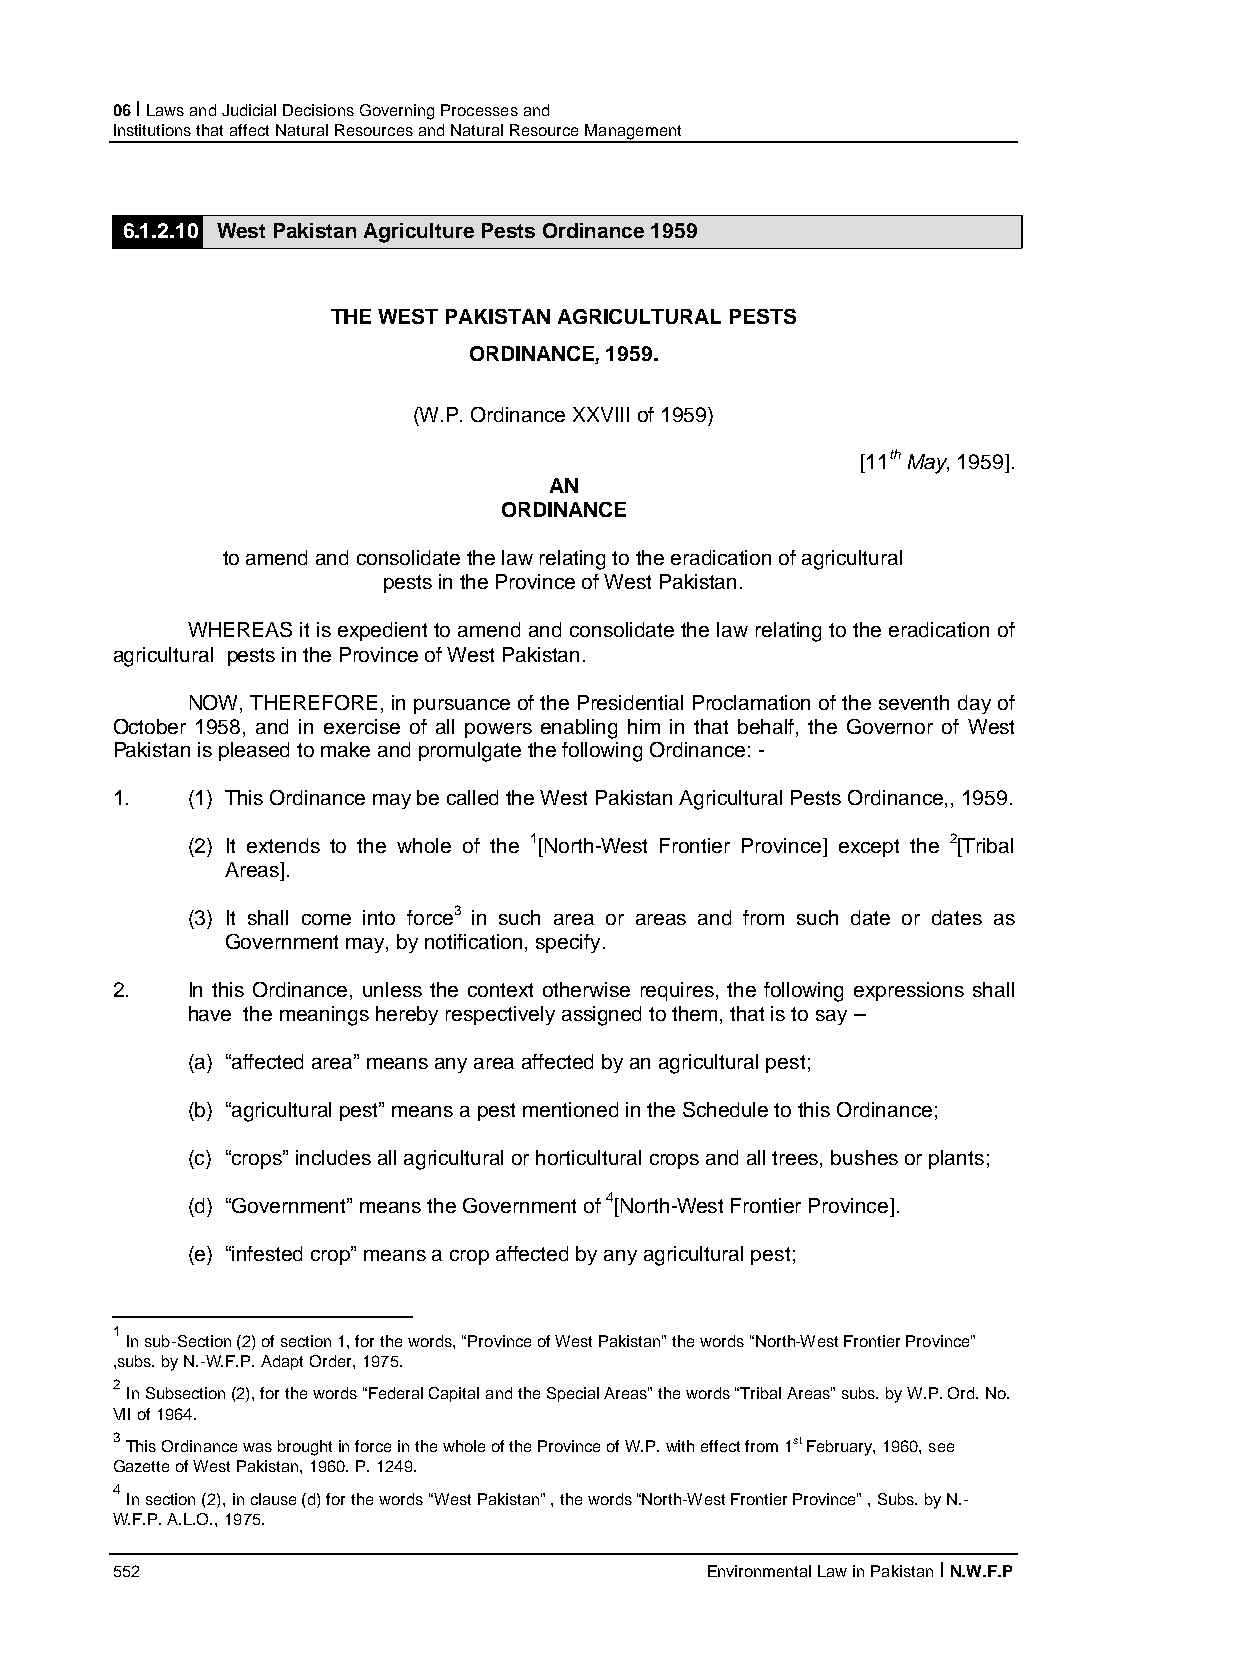
06 I Laws and Judicial Decisions Governing Processes and
 Institutions that affect Natural Resources and Natural Resource Management
 6.1.2.10 West Pakistan Agriculture Pests Ordinance 1959
 THE WEST PAKISTAN AGRICULTURAL PESTS
 ORDINANCE, 1959.
 (W.P. Ordinance XXVIII of 1959)
 [11th May, 1959].
 AN
 ORDINANCE
 to amend and consolidate the law relating to the eradication of agricultural
 pests in the Province of West Pakistan.
 WHEREAS it is expedient to amend and consolidate the law relating to the eradication of
 agricultural pests in the Province of West Pakistan.
 NOW, THEREFORE, in pursuance of the Presidential Proclamation of the seventh day of
 October 1958, and in exercise of all powers enabling him in that behalf, the Governor of West
 Pakistan is pleased to make and promulgate the following Ordinance: -
 1.   (1) This Ordinance may be called the West Pakistan Agricultural Pests Ordinance,, 1959.
 (2) It extends to the whole of the 1[North-West Frontier Province] except the 2[Tribal
 Areas].
 (3) It shall come into force3 in such area or areas and from such date or dates as
 Government may, by notification, specify.
 2.   In this Ordinance, unless the context otherwise requires, the following expressions shall
 have the meanings hereby respectively assigned to them, that is to say –
 (a) “affected area” means any area affected by an agricultural pest;
 (b) “agricultural pest” means a pest mentioned in the Schedule to this Ordinance;
 (c) “crops” includes all agricultural or horticultural crops and all trees, bushes or plants;
 (d) “Government” means the Government of 4[North-West Frontier Province].
 (e) “infested crop” means a crop affected by any agricultural pest;
 1
 In sub-Section (2) of section 1, for the words, “Province of West Pakistan” the words “North-West Frontier Province”
 ,subs. by N.-W.F.P. Adapt Order, 1975.
 2
 In Subsection (2), for the words “Federal Capital and the Special Areas” the words “Tribal Areas” subs. by W.P. Ord. No.
 VII of 1964.
 3 This Ordinance was brought in force in the whole of the Province of W.P. with effect from 1st February, 1960, see
 Gazette of West Pakistan, 1960. P. 1249.
 4
 In section (2), in clause (d) for the words “West Pakistan” , the words “North-West Frontier Province” , Subs. by N.-
 W.F.P. A.L.O., 1975.
 552                                     Environmental Law in Pakistan I N.W.F.P